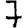
Digit: 7